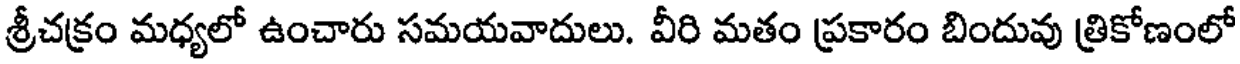
శ్రీచక్రం మధ్యలో ఉంచారు సమయవాదులు. వీరి మతం ప్రకారం బిందువు త్రికోణంలో